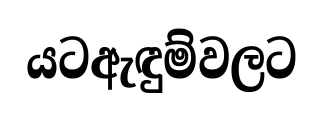
යටඇඳුම්වලට